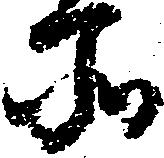
所